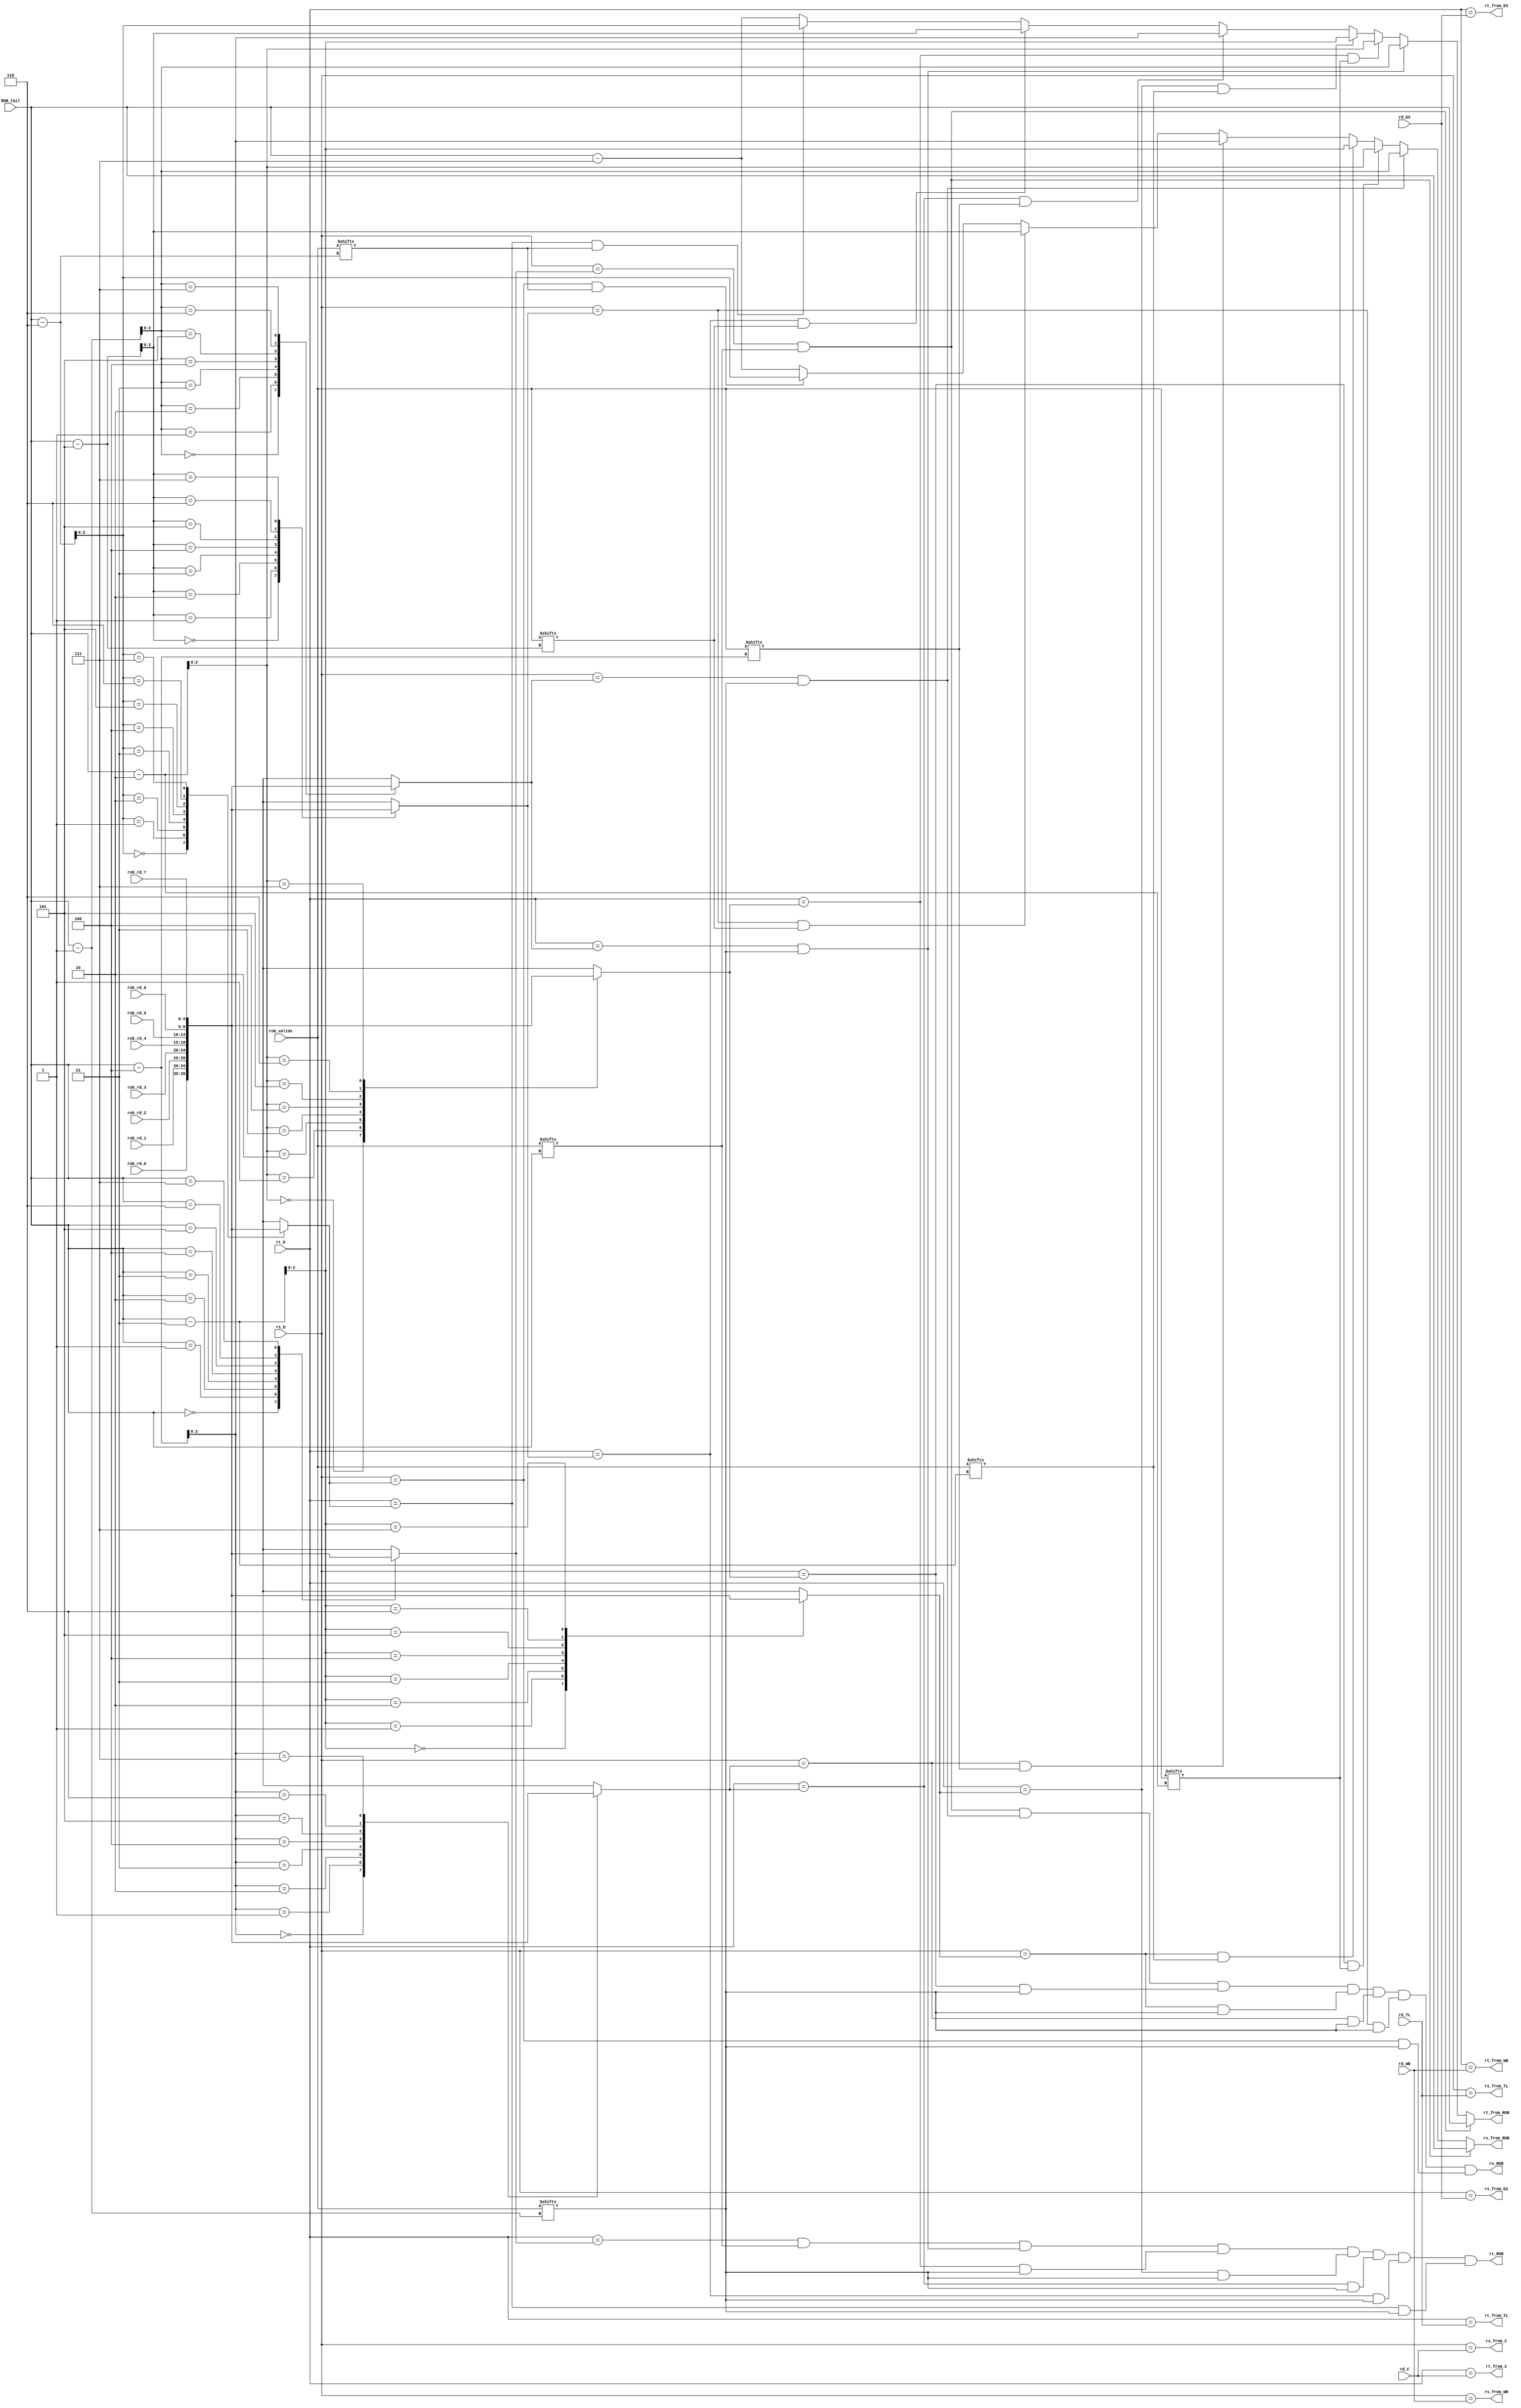
module bypasses(
	input[4:0] rs_D,
	input[4:0] rt_D,

	input[4:0] rd_EX,
	input[4:0] rd_TL,
	input[4:0] rd_C,
	input[4:0] rd_WB,

	input[4:0] rob_rd_0,
	input[4:0] rob_rd_1,
	input[4:0] rob_rd_2,
	input[4:0] rob_rd_3,
	input[4:0] rob_rd_4,
	input[4:0] rob_rd_5,
	input[4:0] rob_rd_6,
	input[4:0] rob_rd_7,
	input[7:0] rob_valids,

	output rs_from_EX,
	output rs_from_TL,
	output rs_from_WB,
	output rs_from_C,

	output rt_from_EX,
	output rt_from_TL,
	output rt_from_WB,
	output rt_from_C,

	input[2:0] ROB_tail,

	output[2:0] rt_from_ROB,
	output rs_ROB,
	output[2:0] rs_from_ROB,
	output rt_ROB
);

wire[4:0] rob_rd[7:0];
assign rob_rd[0] = rob_rd_0;
assign rob_rd[1] = rob_rd_1;
assign rob_rd[2] = rob_rd_2;
assign rob_rd[3] = rob_rd_3;
assign rob_rd[4] = rob_rd_4;
assign rob_rd[5] = rob_rd_5;
assign rob_rd[6] = rob_rd_6;
assign rob_rd[7] = rob_rd_7;

assign rs_from_EX = (rs_D == rd_EX);
assign rs_from_TL = (rs_D == rd_TL);
assign rs_from_WB = (rs_D == rd_WB);
assign rs_from_C = (rs_D == rd_C);

assign rt_from_EX = (rt_D == rd_EX);
assign rt_from_TL = (rt_D == rd_TL);
assign rt_from_WB = (rt_D == rd_WB);
assign rt_from_C = (rt_D == rd_C);

assign rs_from_ROB = ((rs_D == rob_rd[ROB_tail])&rob_valids[ROB_tail])?ROB_tail:
((rs_D == rob_rd[ROB_tail-1])&rob_valids[ROB_tail-1])?ROB_tail-1:
((rs_D == rob_rd[ROB_tail-2])&rob_valids[ROB_tail-2])?ROB_tail-2:
((rs_D == rob_rd[ROB_tail-3])&rob_valids[ROB_tail-3])?ROB_tail-3:
((rs_D == rob_rd[ROB_tail-4])&rob_valids[ROB_tail-4])?ROB_tail-4:
((rs_D == rob_rd[ROB_tail-5])&rob_valids[ROB_tail-5])?ROB_tail-5:
((rs_D == rob_rd[ROB_tail-6])&rob_valids[ROB_tail-6])?ROB_tail-6:ROB_tail-7;

assign rs_ROB = ((rs_D == rob_rd[ROB_tail])&rob_valids[ROB_tail])
&((rs_D == rob_rd[ROB_tail-1])&rob_valids[ROB_tail-1])
&((rs_D == rob_rd[ROB_tail-2])&rob_valids[ROB_tail-1])
&((rs_D == rob_rd[ROB_tail-3])&rob_valids[ROB_tail-1])
&((rs_D == rob_rd[ROB_tail-4])&rob_valids[ROB_tail-1])
&((rs_D == rob_rd[ROB_tail-5])&rob_valids[ROB_tail-1])
&((rs_D == rob_rd[ROB_tail-6])&rob_valids[ROB_tail-1]);

assign rt_from_ROB = ((rs_D == rob_rd[ROB_tail])&rob_valids[ROB_tail])?ROB_tail:
((rt_D == rob_rd[ROB_tail-1])&rob_valids[ROB_tail-1])?ROB_tail-1:
((rt_D == rob_rd[ROB_tail-2])&rob_valids[ROB_tail-2])?ROB_tail-2:
((rt_D == rob_rd[ROB_tail-3])&rob_valids[ROB_tail-3])?ROB_tail-3:
((rt_D == rob_rd[ROB_tail-4])&rob_valids[ROB_tail-4])?ROB_tail-4:
((rt_D == rob_rd[ROB_tail-5])&rob_valids[ROB_tail-5])?ROB_tail-5:
((rt_D == rob_rd[ROB_tail-6])&rob_valids[ROB_tail-6])?ROB_tail-6:ROB_tail-7;

assign rt_ROB = ((rt_D == rob_rd[ROB_tail])&rob_valids[ROB_tail])
&((rt_D == rob_rd[ROB_tail-1])&rob_valids[ROB_tail-1])
&((rt_D == rob_rd[ROB_tail-2])&rob_valids[ROB_tail-1])
&((rt_D == rob_rd[ROB_tail-3])&rob_valids[ROB_tail-1])
&((rt_D == rob_rd[ROB_tail-4])&rob_valids[ROB_tail-1])
&((rt_D == rob_rd[ROB_tail-5])&rob_valids[ROB_tail-1])
&((rt_D == rob_rd[ROB_tail-6])&rob_valids[ROB_tail-1]);

endmodule